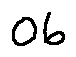
0 6